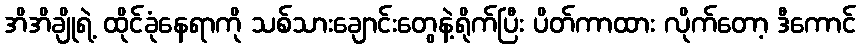
အိအိချိုရဲ့ ထိုင်ခုံနေရာကို သစ်သားချောင်းတွေနဲ့ရိုက်ပြီး ပိတ်ကာထား လိုက်တော့ ဒီကောင်